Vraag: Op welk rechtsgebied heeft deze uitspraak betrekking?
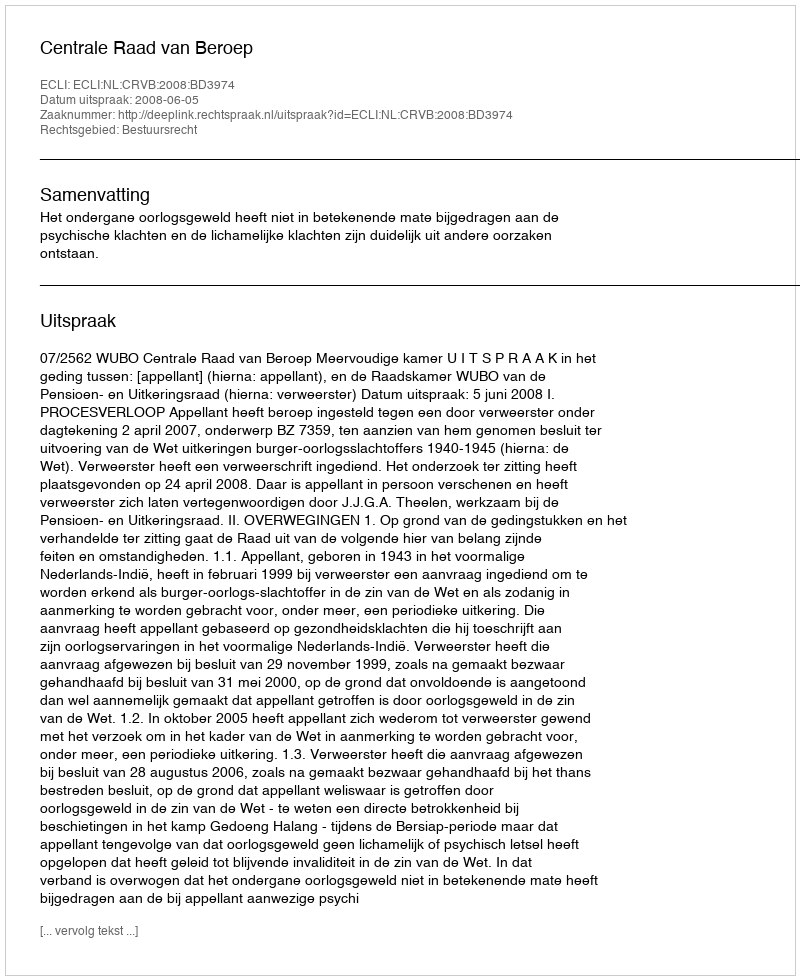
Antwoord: Bestuursrecht